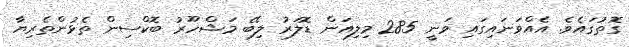
ގޮތުގައެވެ. އެއްވަނައިގައި ވަނީ 285 މިލިއަން ޑޮލަރު ލިބޭ މަޝްހޫރު ބޮކްސިން ތެޅުންތެރިޔާ